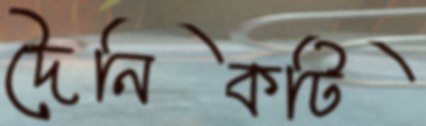
দৈনিকটি